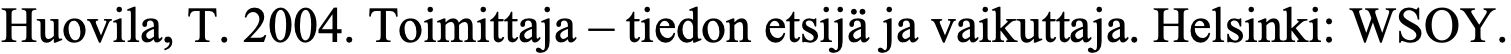
Huovila, T. 2004. Toimittaja – tiedon etsijä ja vaikuttaja. Helsinki: WSOY.